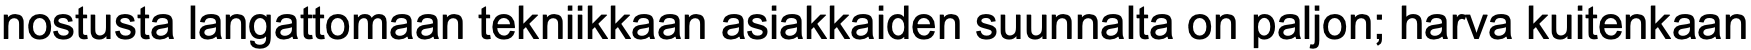
nostusta langattomaan tekniikkaan asiakkaiden suunnalta on paljon; harva kuitenkaan